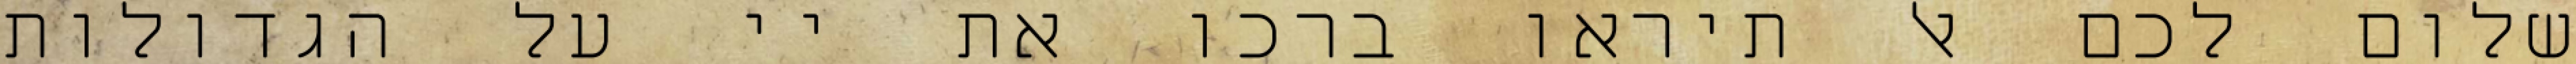
שלום לכם אל תיראו ברכו את יי על הגדולות